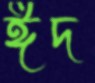
ঈদ